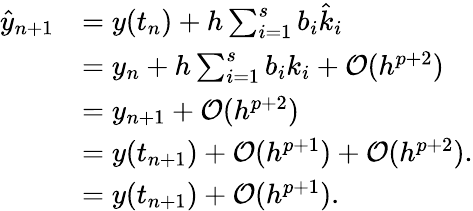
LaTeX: \begin{array}{rl}{\hat{y}_{n+1}}&{=y(t_{n})+h\sum_{i=1}^{s}b_{i}\hat{k}_{i}}\\ &{=y_{n}+h\sum_{i=1}^{s}b_{i}k_{i}+\mathcal O(h^{p+2})}\\ &{=y_{n+1}+\mathcal O(h^{p+2})}\\ &{=y(t_{n+1})+\mathcal O(h^{p+1})+\mathcal O(h^{p+2}).}\\ &{=y(t_{n+1})+\mathcal O(h^{p+1}).}\end{array}